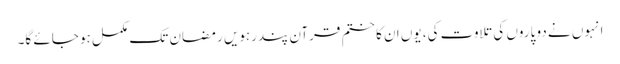
انہوں نے دو پاروں کی تلاوت کی، یوں ان کا ختم قرآن پندرہویں رمضان تک مکمل ہو جائے گا۔